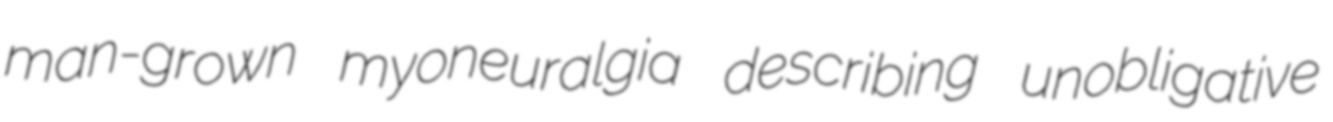
man-grown myoneuralgia describing unobligative